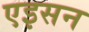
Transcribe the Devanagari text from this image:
एइसन